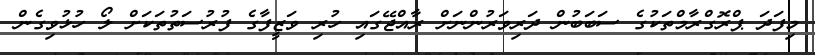
މިފަދަ ޕްރޮގްރާމްތަކުގެ ސަބަބުން ދަރިވަރުންނަށް ރާއްޖޭގައި ހުރި ވަޒީފާގެ ފުރުސަތުތަކަށް ލޯ ހުޅުވިގެން